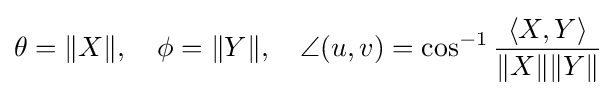
\theta =\|X\|,\quad \phi =\|Y\|,\quad \angle (u,v)=\cos ^{-1}{\frac {\langle X,Y\rangle }{\|X\|\|Y\|}}